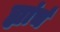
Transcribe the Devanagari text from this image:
ह्यांचं